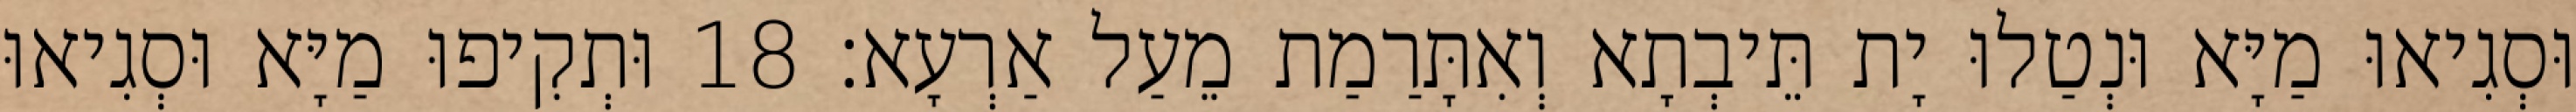
וּסְגִיאוּ מַיָּא וּנְטַלוּ יָת תֵּיבְתָא וְאִתָּרַמַת מֵעַל אַרְעָא׃ 18 וּתְקִיפוּ מַיָּא וּסְגִיאוּ